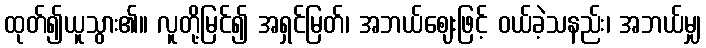
ထုတ်၍ယူသွား၏။ လူတို့မြင်၍ အရှင်မြတ်၊ အဘယ်ဈေးဖြင့် ဝယ်ခဲ့သနည်း၊ အဘယ်မျှ